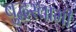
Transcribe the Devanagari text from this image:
बुद्धस्वामी